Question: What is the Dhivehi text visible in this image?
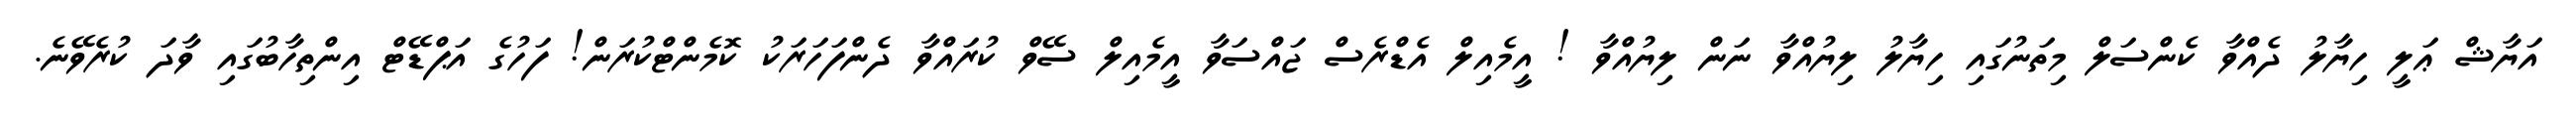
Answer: އަޔާޝް ޢަލީ ހިޔާލު ދެއްވާ ކެންސަލް މިތަނުގައި ހިޔާލު ލިޔުއްވާ ނަން ލިޔުއްވާ ! އީމެއިލް އެޑްރެސް ޖައްސަވާ އީމެއިލް ސޭވް ކުރައްވާ ދެންފަހަރަކު ކޮމެންޓްކުރަން! ފަހުގެ އަޕްޑޭޓް އިންތިހާބުގައި ވާދަ ކުރެވޭނެ.